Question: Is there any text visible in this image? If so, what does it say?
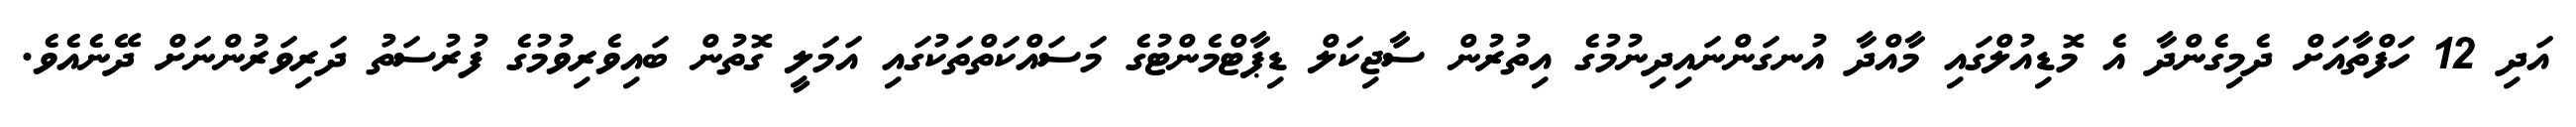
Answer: އަދި 12 ހަފްތާއަށް ދެމިގެންދާ އެ މޮޑިއުލްގައި މާއްދާ އުނގަންނައިދިނުމުގެ އިތުރުން ސާޖިކަލް ޑިޕާޓްމެންޓުގެ މަސައްކަތްތަކުގައި އަމަލީ ގޮތުން ބައިވެރިވުމުގެ ފުރުސަތު ދަރިވަރުންނަށް ދޭނެއެވެ.